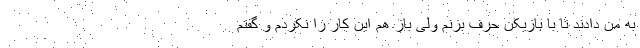
به من دادند تا با بازیکن حرف بزنم ولی باز هم این کار را نکردم و گفتم